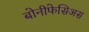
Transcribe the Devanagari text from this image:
बोनीफेसिअस